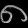
Digit: ၈